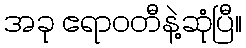
အခု ဧရာဝတီနဲ့ဆုံပြီ။